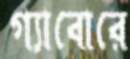
গ্যাবোরে